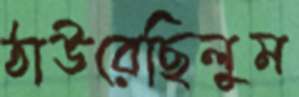
ঠাউরেছিলুম